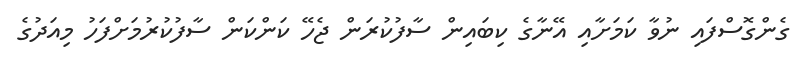
ގެންގޮސްފައި ނުވާ ކަމަށާއި އޭނާގެ ކިބައިން ސާފުކުރަން ޖެހޭ ކަންކަން ސާފުކުރުމަށްފަހު މިއަދުގެ